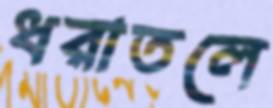
ধরাতলে